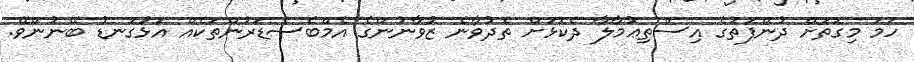
ހަމަ މިގޮތަށް ދުންފަތުގެ އިސްތިޢުމާލާ ދެކޮޅަށް ތެދުވާނެ ޒުވާނުންގެ އެމްބެސެޑަރުންތަކެއް އަޅުގަނޑު ބޭނުންވޭ.